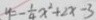
y = - \frac { 1 } { 4 } x ^ { 2 } + 2 x - 3